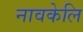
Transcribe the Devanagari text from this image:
नावकेलि